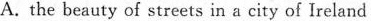
A.the beauty of streets in a city of Ireland